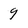
Character: 9